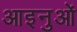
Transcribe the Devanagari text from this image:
आइनुओं